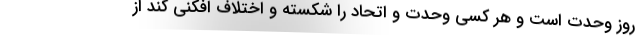
روز وحدت است و هر کسی وحدت و اتحاد را شکسته و اختلاف افکنی کند از